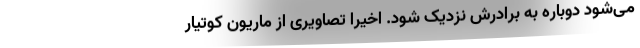
می‌شود دوباره به برادرش نزدیک شود. اخیرا تصاویری از ماریون کوتیار